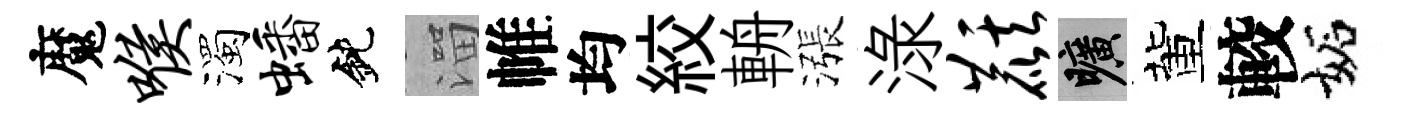
魔喉濁蟠鈍溜帷均絞輈漲渌麒曠董較妬